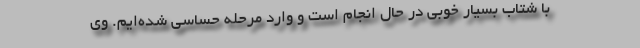
با شتاب بسیار خوبی در حال انجام است و وارد مرحله حساسی شده‌ایم. وی